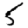
Digit: 5